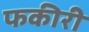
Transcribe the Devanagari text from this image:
फकीरी